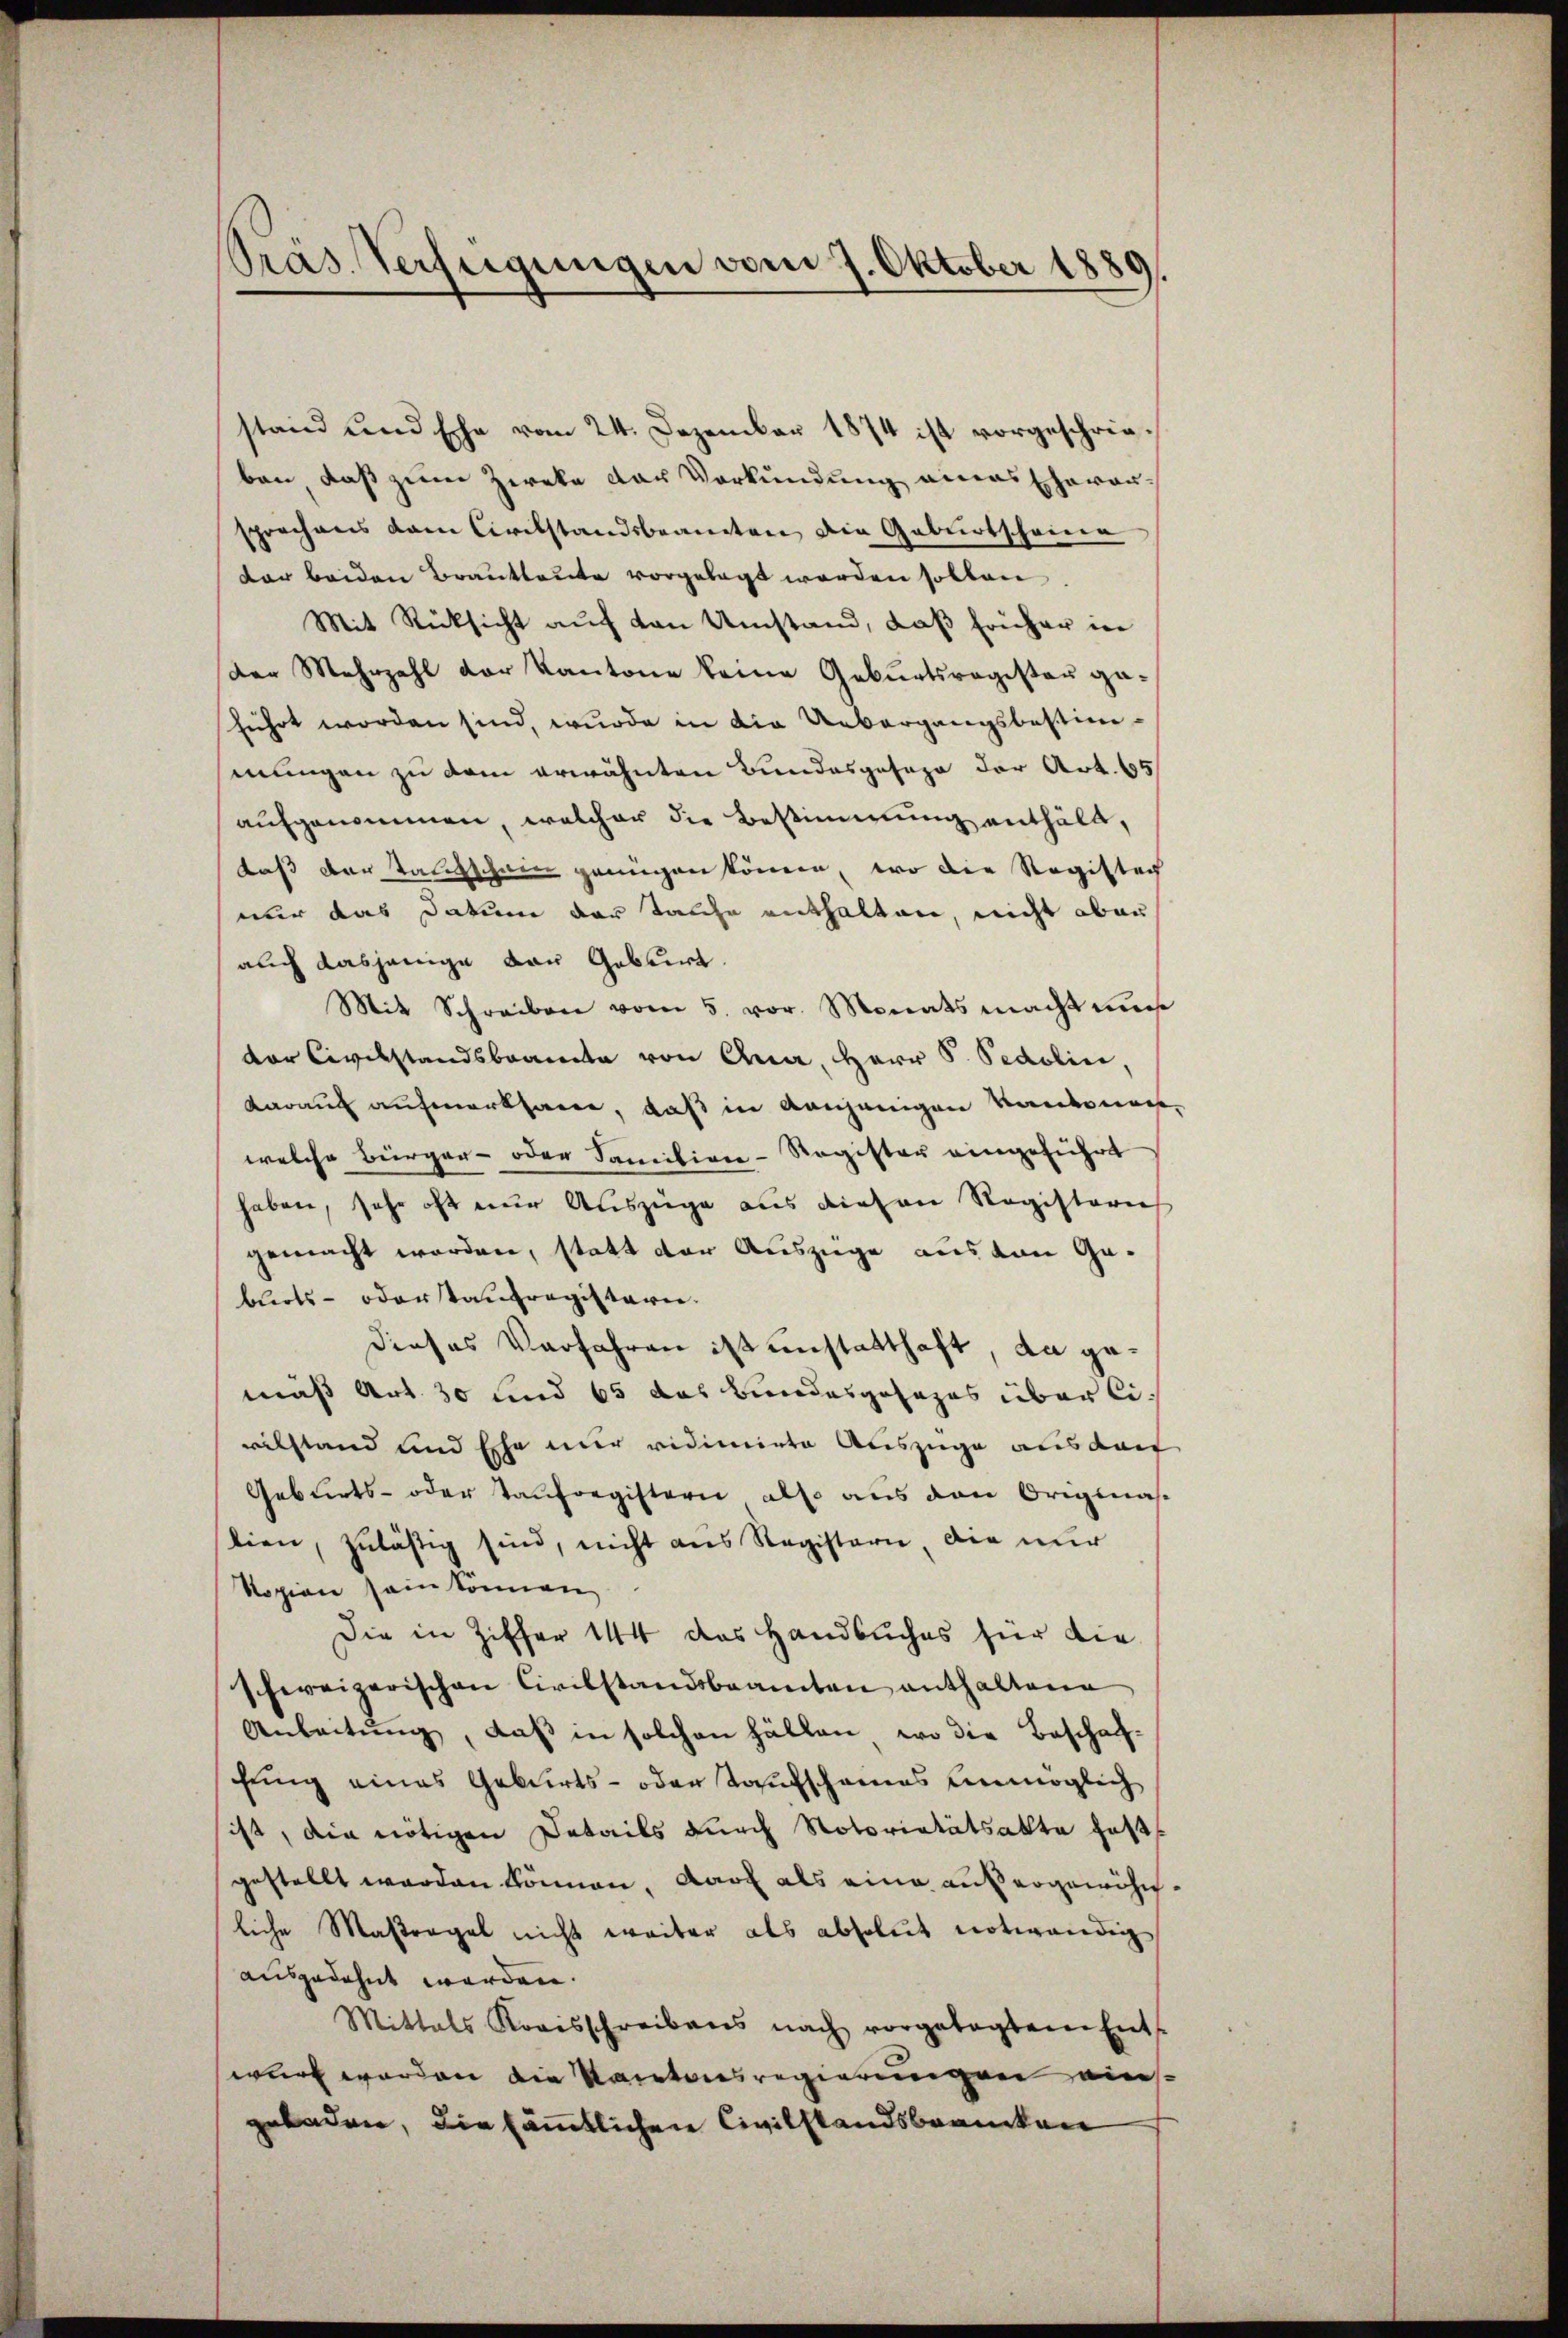
Präs. Verfügungen vom 7. Oktober 1889.
¬

stand und Ehe vom 24. Dezember 1874 ist vorgeschrieben, daß zum Zieke das Vorkundung eines Ehevorsprochens dem Civilstandsbeamten die Geburtscheine
dar beiden Brautleute vorgelegt worden sollen.
Mit Rücksicht aŭf von Umstand, daß früher in
der Mehrzahl der Kantone keine Geburtsregister gaführt worden sind, wurde in die Uebergangsbestimmungen zu dem erwähnten Bundesgeseze der Art. 65
aufgenommen, welcher die Bestimmung enthält,
daß der Talischein genügen könen, wo die Registen
nur das Datum der Tanze enthalten, nicht oben
auch dasjenige von Geburt.
Mit Schreiben vom 5. vor. Monats macht un
der Civilstandsbrannte von Ana, Herr S. Pedolin,
darauf aufmerksamen, daß in denjenigen Vorderung
welche Bürger- oder Familien-Register eingeführt
haben, sehr oft eine Auszüge aus diesen Registeries
gemacht worden, statt der Auszüge aus von Geburts- oder staufregisterie.
dieses Verfahren ist unstatthaft, da gemäß Art. 30 und 65 das Bundesgesages überlivilstand und Ehe nur vidimirte Auszüge ausdact
Geburts- oder Taufregistern also aus den Originas
lien, zulästig sind, nicht aus Registerie, die nur
Ropien sein können,
Die in Ziffer 144 das Handbuches für die
schweizerischen Civilstandsbeamten enthaltene
Anleitŭng, daβ in solchen Fällen, wo die Beschaf-
hung eines Geburts- oder Taufschames unmöglich
ist, die nötigen Details durch Notoritätsakte hatt
gestellt worden können, darf als eine außergewöhn
liche Maßregel nicht weiter als absolut notwendig
ausgedehnt werden.
Mittals Kreisschreibens nach vorgetagtem Ent-
wirt werden die Kantonsregierungen einsgeladen, die sämmtlichen Civilstandsbrancken